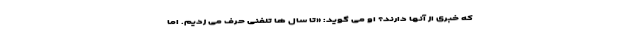
که خبری از آنها دارند؟ او می گوید: «تا سال ها تلفنی حرف می زدیم. اما